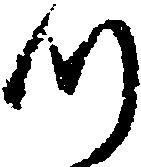
つ